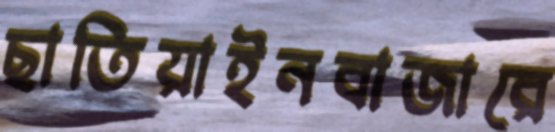
ছাতিয়াইনবাজারে